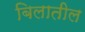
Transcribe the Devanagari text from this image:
बिलातील